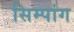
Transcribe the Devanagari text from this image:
सिम्पांग